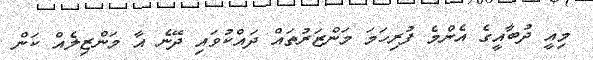
މިއީ ދުބާއީގެ އެންމެ ފުރިހަމަ މަންޒަރުތައް ދައްކުވައި ދޭނެ އާ މަންޒިލެއް ކަން